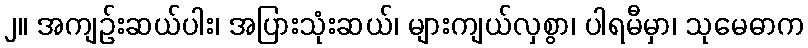
၂။ အကျဉ်းဆယ်ပါး၊ အပြားသုံးဆယ်၊ များကျယ်လှစွာ၊ ပါရမီမှာ၊ သုမေဓာက